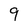
Character: 9